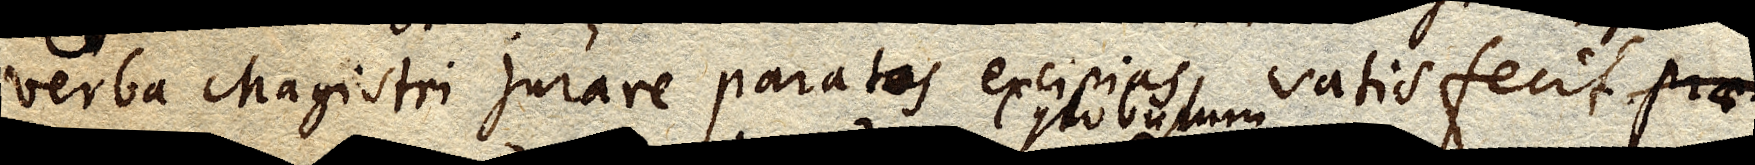
verba Magistri jurare paratos excipias, satisfecit. Prae–